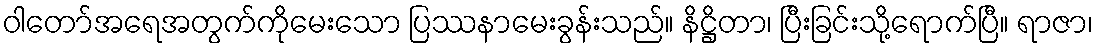
ဝါတော်အရေအတွက်ကိုမေးသော ပြဿနာမေးခွန်းသည်။ နိဋ္ဌိတာ၊ ပြီးခြင်းသို့ရောက်ပြီ။ ရာဇာ၊